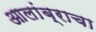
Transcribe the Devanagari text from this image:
आलांब्राचा